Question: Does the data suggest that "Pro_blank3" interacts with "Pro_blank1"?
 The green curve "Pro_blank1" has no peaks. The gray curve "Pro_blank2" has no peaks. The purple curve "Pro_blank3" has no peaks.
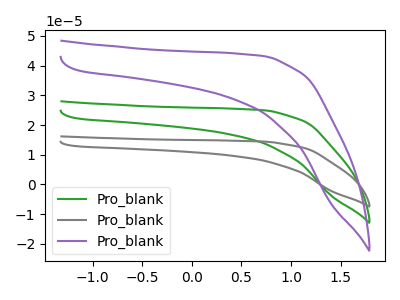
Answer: <think>Neither "Pro_blank3" or "Pro_blank1" have any peaks.
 </think>
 <answer>No, "Pro_blank3" and "Pro_blank1" don't appear to be significantly different in shape</answer>
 <eval>no_change</eval>